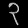
Digit: ၃